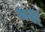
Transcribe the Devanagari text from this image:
भक्ष्